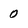
Character: 0